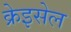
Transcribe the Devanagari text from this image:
क्रेइसेल